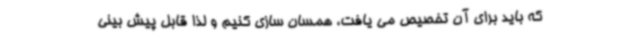
که باید برای آن تخصیص می یافت، همسان سازی کنیم و لذا قابل پیش بینی